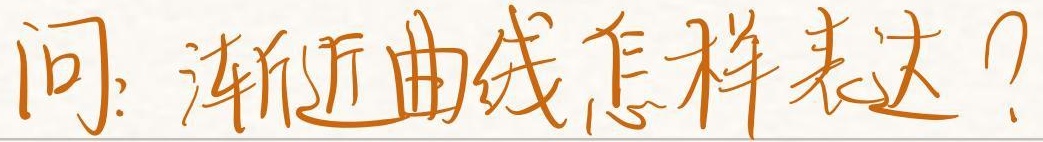
问：渐近曲线怎样表达？